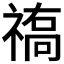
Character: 𥛒